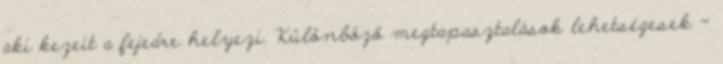
aki kezeit a fejedre helyezi. Különböző megtapasztalások lehetségesek –